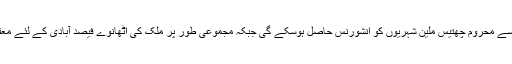
اس بل کی قانونی حیثیت طے ہونے کے بعد امریکہ میں انشورنس سے محروم چھتیس ملین شہریوں کو انشورنس حاصل ہوسکے گی جبکہ مجموعی طور پر ملک کی اٹھانوے فیصد آبادی کے لئے معقول قیمت پر صحت عامہ کی سہولیات کا حصول ممکن ہوسکے گا۔